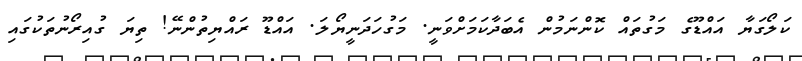
ކަލޯގަޔާ އައްޑޫގެ މަގުތައް ކޮންނަމުން އެބަދާކަމަށްވަނީ. މަގުހަދަނީޔޯލަ. އައްޑޫ ރައްޔިތުންނޭ! ތިޔަ ގުއިރޯނުތަކުގައި